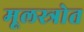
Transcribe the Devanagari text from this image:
मूलस्त्रोत